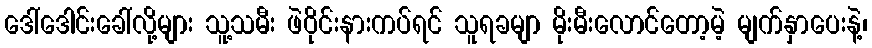
ဒေါ်ဒေါင်းခေါ်လို့များ သူ့သမီး ဖဲဝိုင်းနားကပ်ရင် သူရခမျာ မိုးမီးလောင်တော့မဲ့ မျက်နှာပေးနဲ့၊